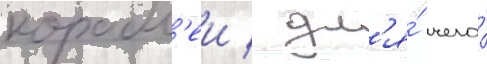
корабл'еи / дл'я́ чего́